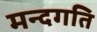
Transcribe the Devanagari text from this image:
मन्दगति